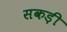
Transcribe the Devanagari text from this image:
सकड़ी